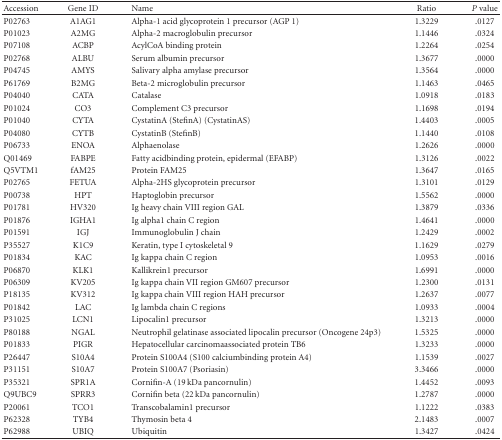
<table><thead><tr><td><b>Accession</b></td><td><b>Gene ID</b></td><td><b>Name</b></td><td><b>Ratio</b></td><td><b><i>P</i> value</b></td></tr></thead><tbody><tr><td>P02763</td><td>A1AG1</td><td>Alpha-1 acid glycoprotein 1 precursor (AGP 1)</td><td>1.3229</td><td>.0127</td></tr><tr><td>P01023</td><td>A2MG</td><td>Alpha-2 macroglobulin precursor</td><td>1.1446</td><td>.0324</td></tr><tr><td>P07108</td><td>ACBP</td><td>AcylCoA binding protein</td><td>1.2264</td><td>.0254</td></tr><tr><td>P02768</td><td>ALBU</td><td>Serum albumin precursor</td><td>1.3677</td><td>.0000</td></tr><tr><td>P04745</td><td>AMYS</td><td>Salivary alpha amylase precursor</td><td>1.3564</td><td>.0000</td></tr><tr><td>P61769</td><td>B2MG</td><td>Beta-2 microglobulin precursor</td><td>1.1463</td><td>.0465</td></tr><tr><td>P04040</td><td>CATA</td><td>Catalase</td><td>1.0918</td><td>.0183</td></tr><tr><td>P01024</td><td>CO3</td><td>Complement C3 precursor</td><td>1.1698</td><td>.0194</td></tr><tr><td>P01040</td><td>CYTA</td><td>CystatinA (StefinA) (CystatinAS)</td><td>1.4403</td><td>.0005</td></tr><tr><td>P04080</td><td>CYTB</td><td>CystatinB (StefinB)</td><td>1.1440</td><td>.0108</td></tr><tr><td>P06733</td><td>ENOA</td><td>Alphaenolase</td><td>1.2626</td><td>.0000</td></tr><tr><td>Q01469</td><td>FABPE</td><td>Fatty acidbinding protein, epidermal (EFABP)</td><td>1.3126</td><td>.0022</td></tr><tr><td>Q5VTM1</td><td>fAM25</td><td>Protein FAM25</td><td>1.3647</td><td>.0165</td></tr><tr><td>P02765</td><td>FETUA</td><td>Alpha-2HS glycoprotein precursor</td><td>1.3101</td><td>.0129</td></tr><tr><td>P00738</td><td>HPT</td><td>Haptoglobin precursor</td><td>1.5562</td><td>.0000</td></tr><tr><td>P01781</td><td>HV320</td><td>Ig heavy chain VIII region GAL</td><td>1.3879</td><td>.0336</td></tr><tr><td>P01876</td><td>IGHA1</td><td>Ig alpha1 chain C region</td><td>1.4641</td><td>.0000</td></tr><tr><td>P01591</td><td>IGJ</td><td>Immunoglobulin J chain</td><td>1.2429</td><td>.0002</td></tr><tr><td>P35527</td><td>K1C9</td><td>Keratin, type I cytoskeletal 9</td><td>1.1629</td><td>.0279</td></tr><tr><td>P01834</td><td>KAC</td><td>Ig kappa chain C region</td><td>1.0953</td><td>.0016</td></tr><tr><td>P06870</td><td>KLK1</td><td>Kallikrein1 precursor</td><td>1.6991</td><td>.0000</td></tr><tr><td>P06309</td><td>KV205</td><td>Ig kappa chain VII region GM607 precursor</td><td>1.2300</td><td>.0131</td></tr><tr><td>P18135</td><td>KV312</td><td>Ig kappa chain VIII region HAH precursor</td><td>1.2637</td><td>.0077</td></tr><tr><td>P01842</td><td>LAC</td><td>Ig lambda chain C regions</td><td>1.0933</td><td>.0004</td></tr><tr><td>P31025</td><td>LCN1</td><td>Lipocalin1 precursor</td><td>1.3213</td><td>.0000</td></tr><tr><td>P80188</td><td>NGAL</td><td>Neutrophil gelatinase associated lipocalin precursor (Oncogene 24p3)</td><td>1.5325</td><td>.0000</td></tr><tr><td>P01833</td><td>PIGR</td><td>Hepatocellular carcinomaassociated protein TB6</td><td>1.3233</td><td>.0000</td></tr><tr><td>P26447</td><td>S10A4</td><td>Protein S100A4 (S100 calciumbinding protein A4)</td><td>1.1539</td><td>.0027</td></tr><tr><td>P31151</td><td>S10A7</td><td>Protein S100A7 (Psoriasin)</td><td>3.3466</td><td>.0000</td></tr><tr><td>P35321</td><td>SPR1A</td><td>Cornifin-A (19 kDa pancornulin)</td><td>1.4452</td><td>.0093</td></tr><tr><td>Q9UBC9</td><td>SPRR3</td><td>Cornifin beta (22 kDa pancornulin)</td><td>1.2787</td><td>.0000</td></tr><tr><td>P20061</td><td>TCO1</td><td>Transcobalamin1 precursor</td><td>1.1222</td><td>.0383</td></tr><tr><td>P62328</td><td>TYB4</td><td>Thymosin beta 4</td><td>2.1483</td><td>.0007</td></tr><tr><td>P62988</td><td>UBIQ</td><td>Ubiquitin</td><td>1.3427</td><td>.0424</td></tr></tbody></table>